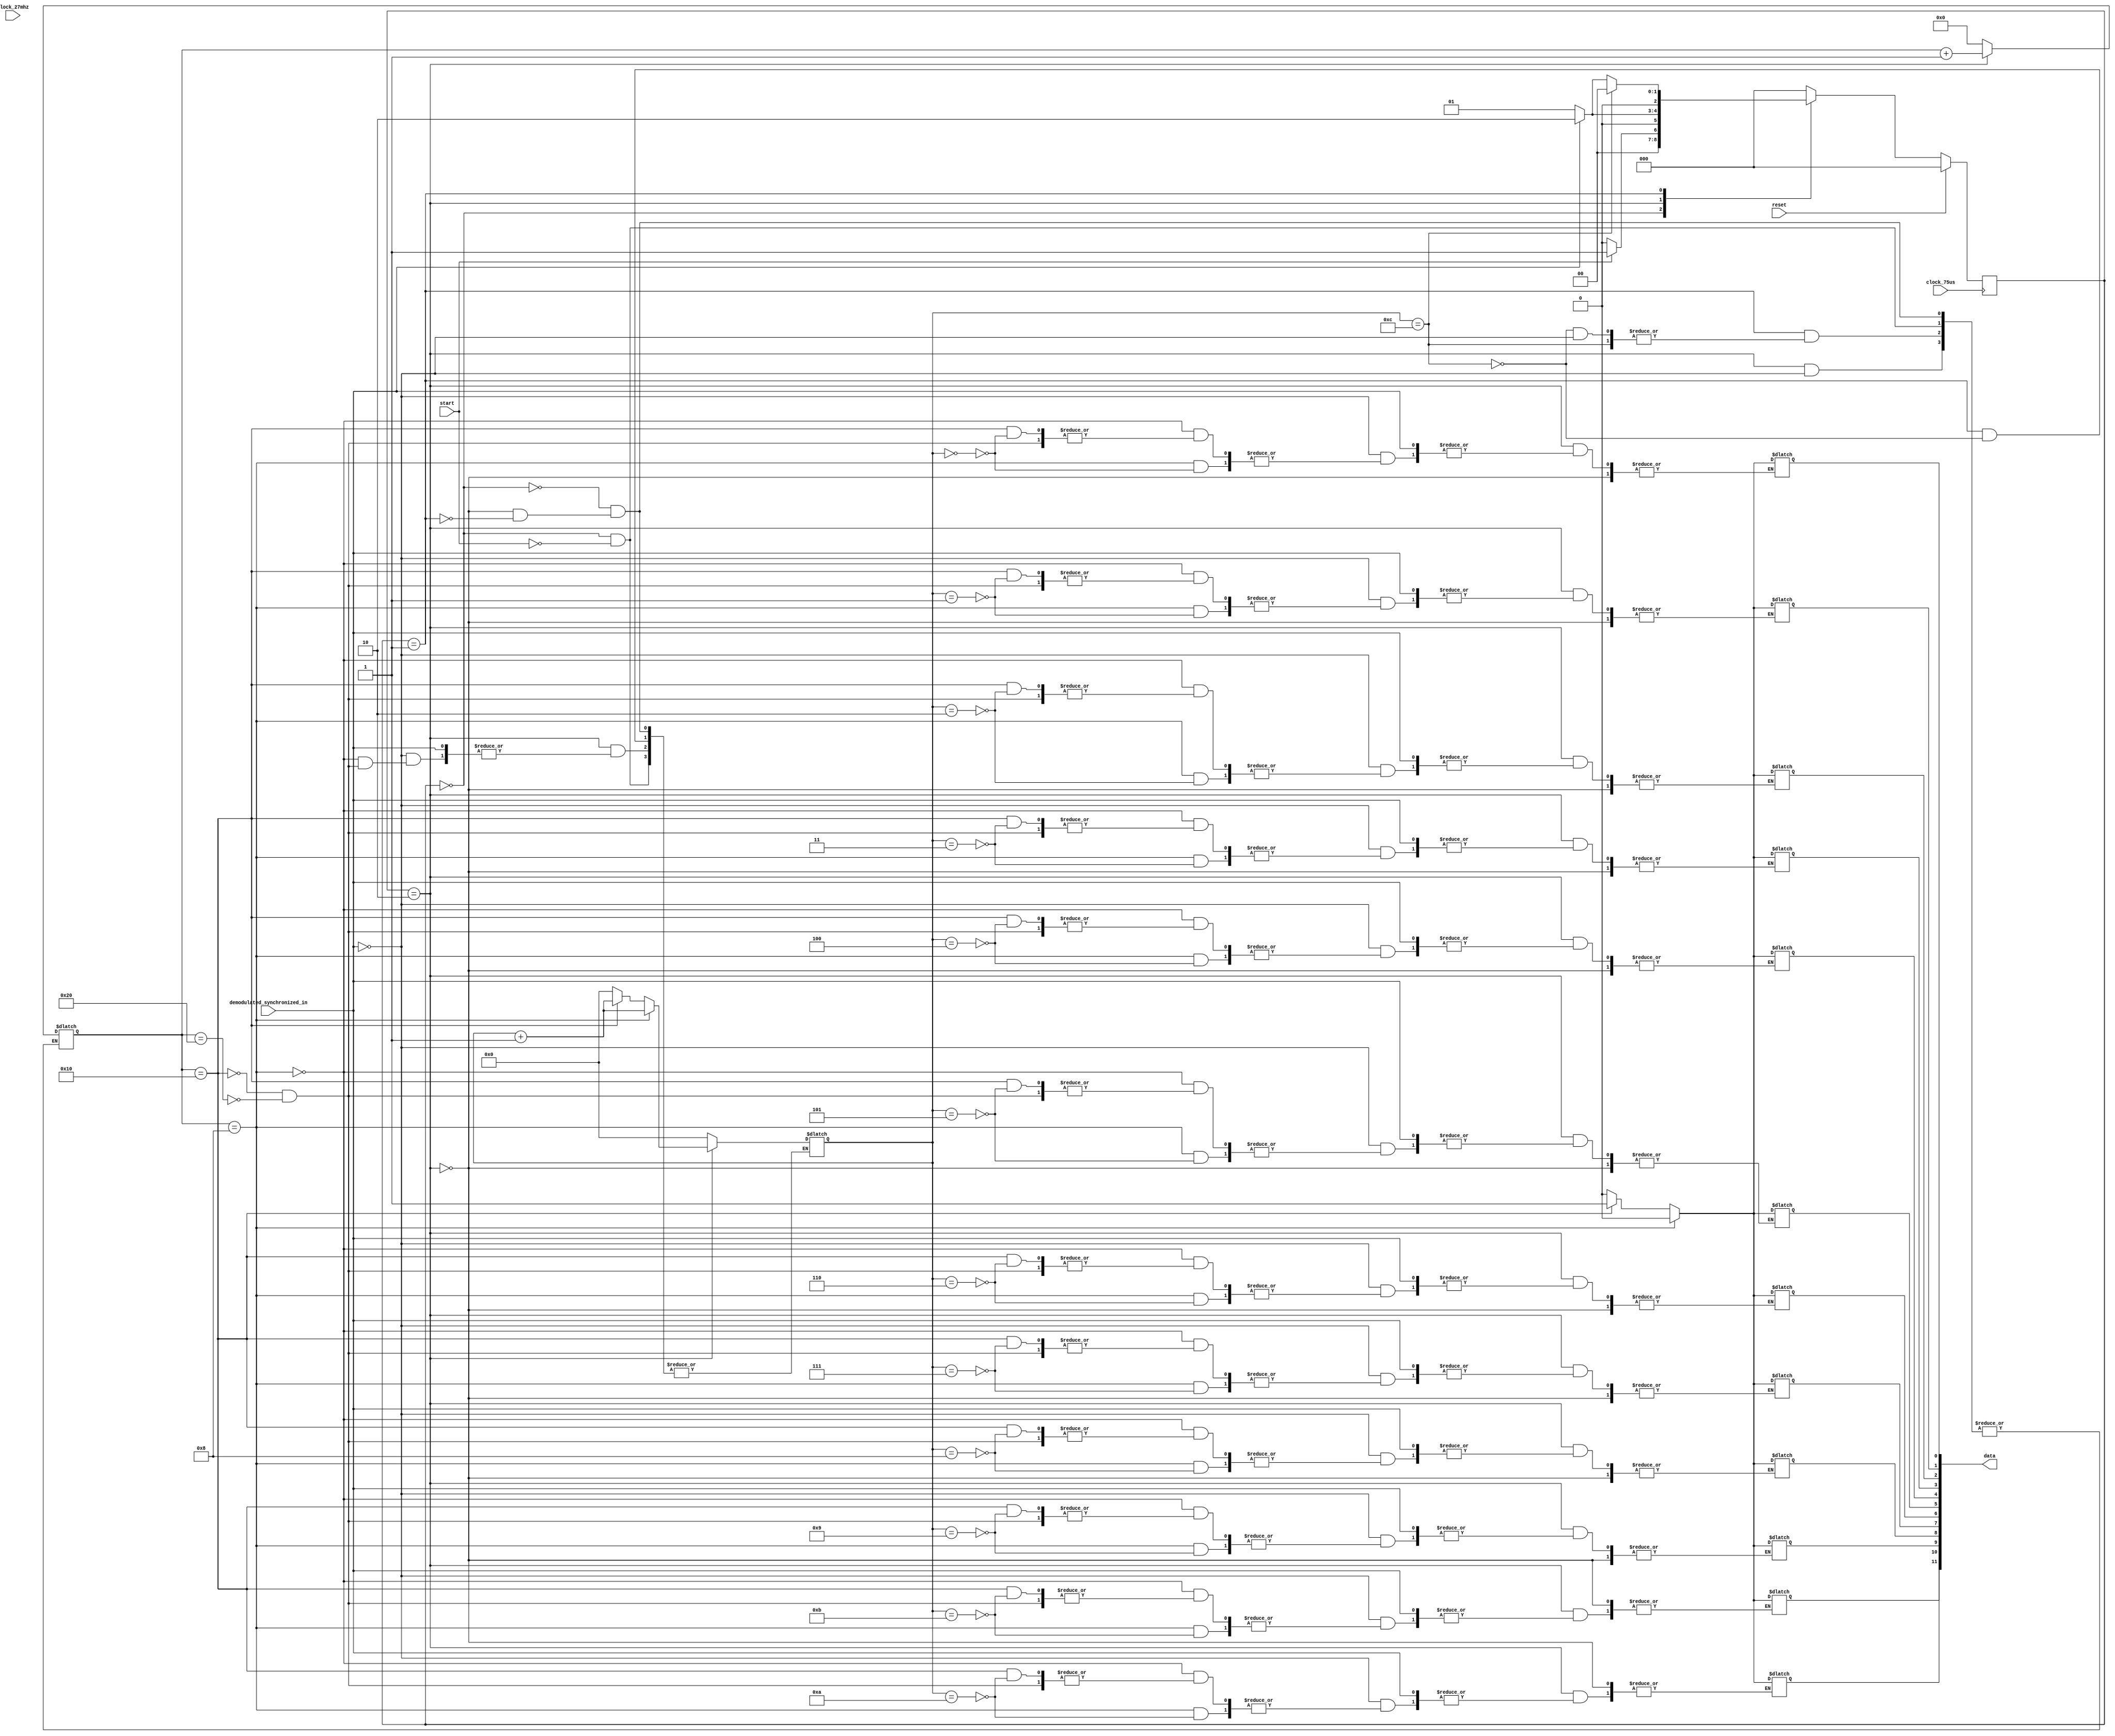
`timescale 1ns / 1ps

// pulse synchronizer
module receive_bit_fsm(input clock_27mhz,
					   input clock_75us,
					   input start, reset,
                       input demodulated_synchronized_in,
                       output [11:0] data);

	parameter S_idle = 0;
	parameter S_wait_for_high = 1;
	parameter S_wait_for_low = 2;

	reg [2:0] state = 0;
	reg [2:0] next_state = 0;
	reg [11:0] reg_data = 0;   // decoded data
	reg [3:0] position = 0;    // position of the current bit
	reg [5:0] count_75us = 0;  // count of the number of 75us clock cycles high

	always @(*) begin
		case (state)
			S_idle: begin
				if (start) begin
					next_state <= S_wait_for_high;
					position <= 0;
					count_75us <= 0;
				end
				else begin
					next_state <= S_idle;
				end
			end
			S_wait_for_low: begin
				if (demodulated_synchronized_in) begin
					next_state <= S_wait_for_low;
					count_75us <= count_75us + 1;
				end
				else begin
					if (count_75us == 8) begin
						reg_data[position] <= 0;
						position <= position + 1;
					end
					else if (count_75us == 16) begin
						reg_data[position] <= 1;
						position <= position + 1;
					end
					else if (count_75us == 32) begin  // start receiving
						reg_data <= 0;
						position <= 0;
					end
					next_state <= S_wait_for_high;
				end
			end
			S_wait_for_high: begin
				if (position == 12) begin  // done receiving
					next_state <= S_idle;
					position <= 0;
				end
				else if (demodulated_synchronized_in) begin
					count_75us <= 0;
					next_state <= S_wait_for_low;
				end
				else begin
					next_state <= S_wait_for_high;
				end
			end
			default: next_state <= S_idle;
		endcase
	end

	always @(posedge clock_75us) state <= reset ? S_idle : next_state;

	assign data = reg_data;
endmodule